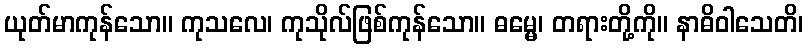
ယုတ်မာကုန်သော။ ကုသလေ၊ ကုသိုလ်ဖြစ်ကုန်သော။ ဓမ္မေ၊ တရားတို့ကို။ နာဓိဝါသေတိ၊